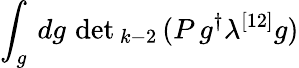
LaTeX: \int_{g}\, dg\, \operatorname*{d\mathrm{e}t}{}_{k-2}\, (P\, g^{\dagger}\lambda^{[12]}g)